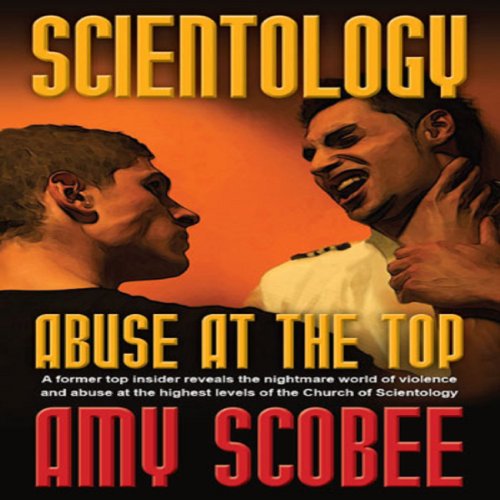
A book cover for Scientology: Abuse at the Top; Amy Scobee; Religion & Spirituality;